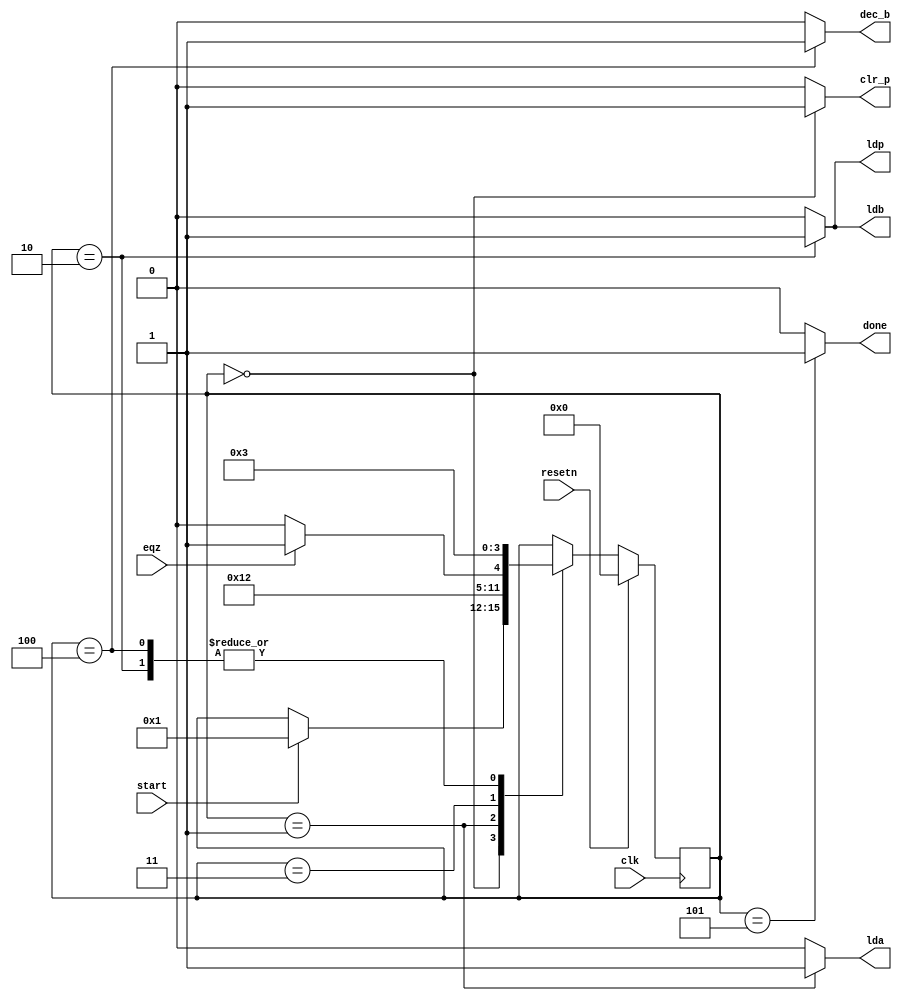
`timescale 1ns / 1ps
//////////////////////////////////////////////////////////////////////////////////
// Company: 
// Engineer: 
// 
// Design Name: 
// Module Name:    mlt_control 
// Project Name: 
// Target Devices: 
// Tool versions: 
// Description: 
//
// Dependencies: 
//
// Revision: 
// Revision 0.01 - File Created
// Additional Comments: 
//
//////////////////////////////////////////////////////////////////////////////////
module mlt_control( input clk,resetn,start,eqz,
output reg lda,ldb,ldp,clr_p,dec_b,done
    );
reg [3:0]cur_s,nex_s;
parameter strt = 4'b0000,load_A = 4'b0001,load_bp = 4'b0010,multiplication = 4'b0011,decreament_b = 4'b0100,done_out = 4'b0101;

always @(posedge clk)
begin
if(resetn)
cur_s <= strt;
else
cur_s <= nex_s;
end

always @(*)
begin
nex_s = cur_s;
lda = 0;
dec_b = 0;
ldb = 0;
done = 0;
clr_p = 0;
ldp = 0;
case(cur_s)
strt:begin
			clr_p = 1;
			if(start)
			nex_s = load_A;
		end
load_A:begin
			lda = 1;
			nex_s = load_bp;
		end
load_bp:begin
			 ldb = 1;
			 ldp = 1;
			 nex_s = multiplication;
		  end
multiplication:begin
						if(eqz)
						nex_s = done_out;
						else
						nex_s = decreament_b;
					end
decreament_b:begin
				 dec_b = 1;
				 nex_s = multiplication;
				 end
done_out:begin
			done = 1;
			end
endcase
end

endmodule